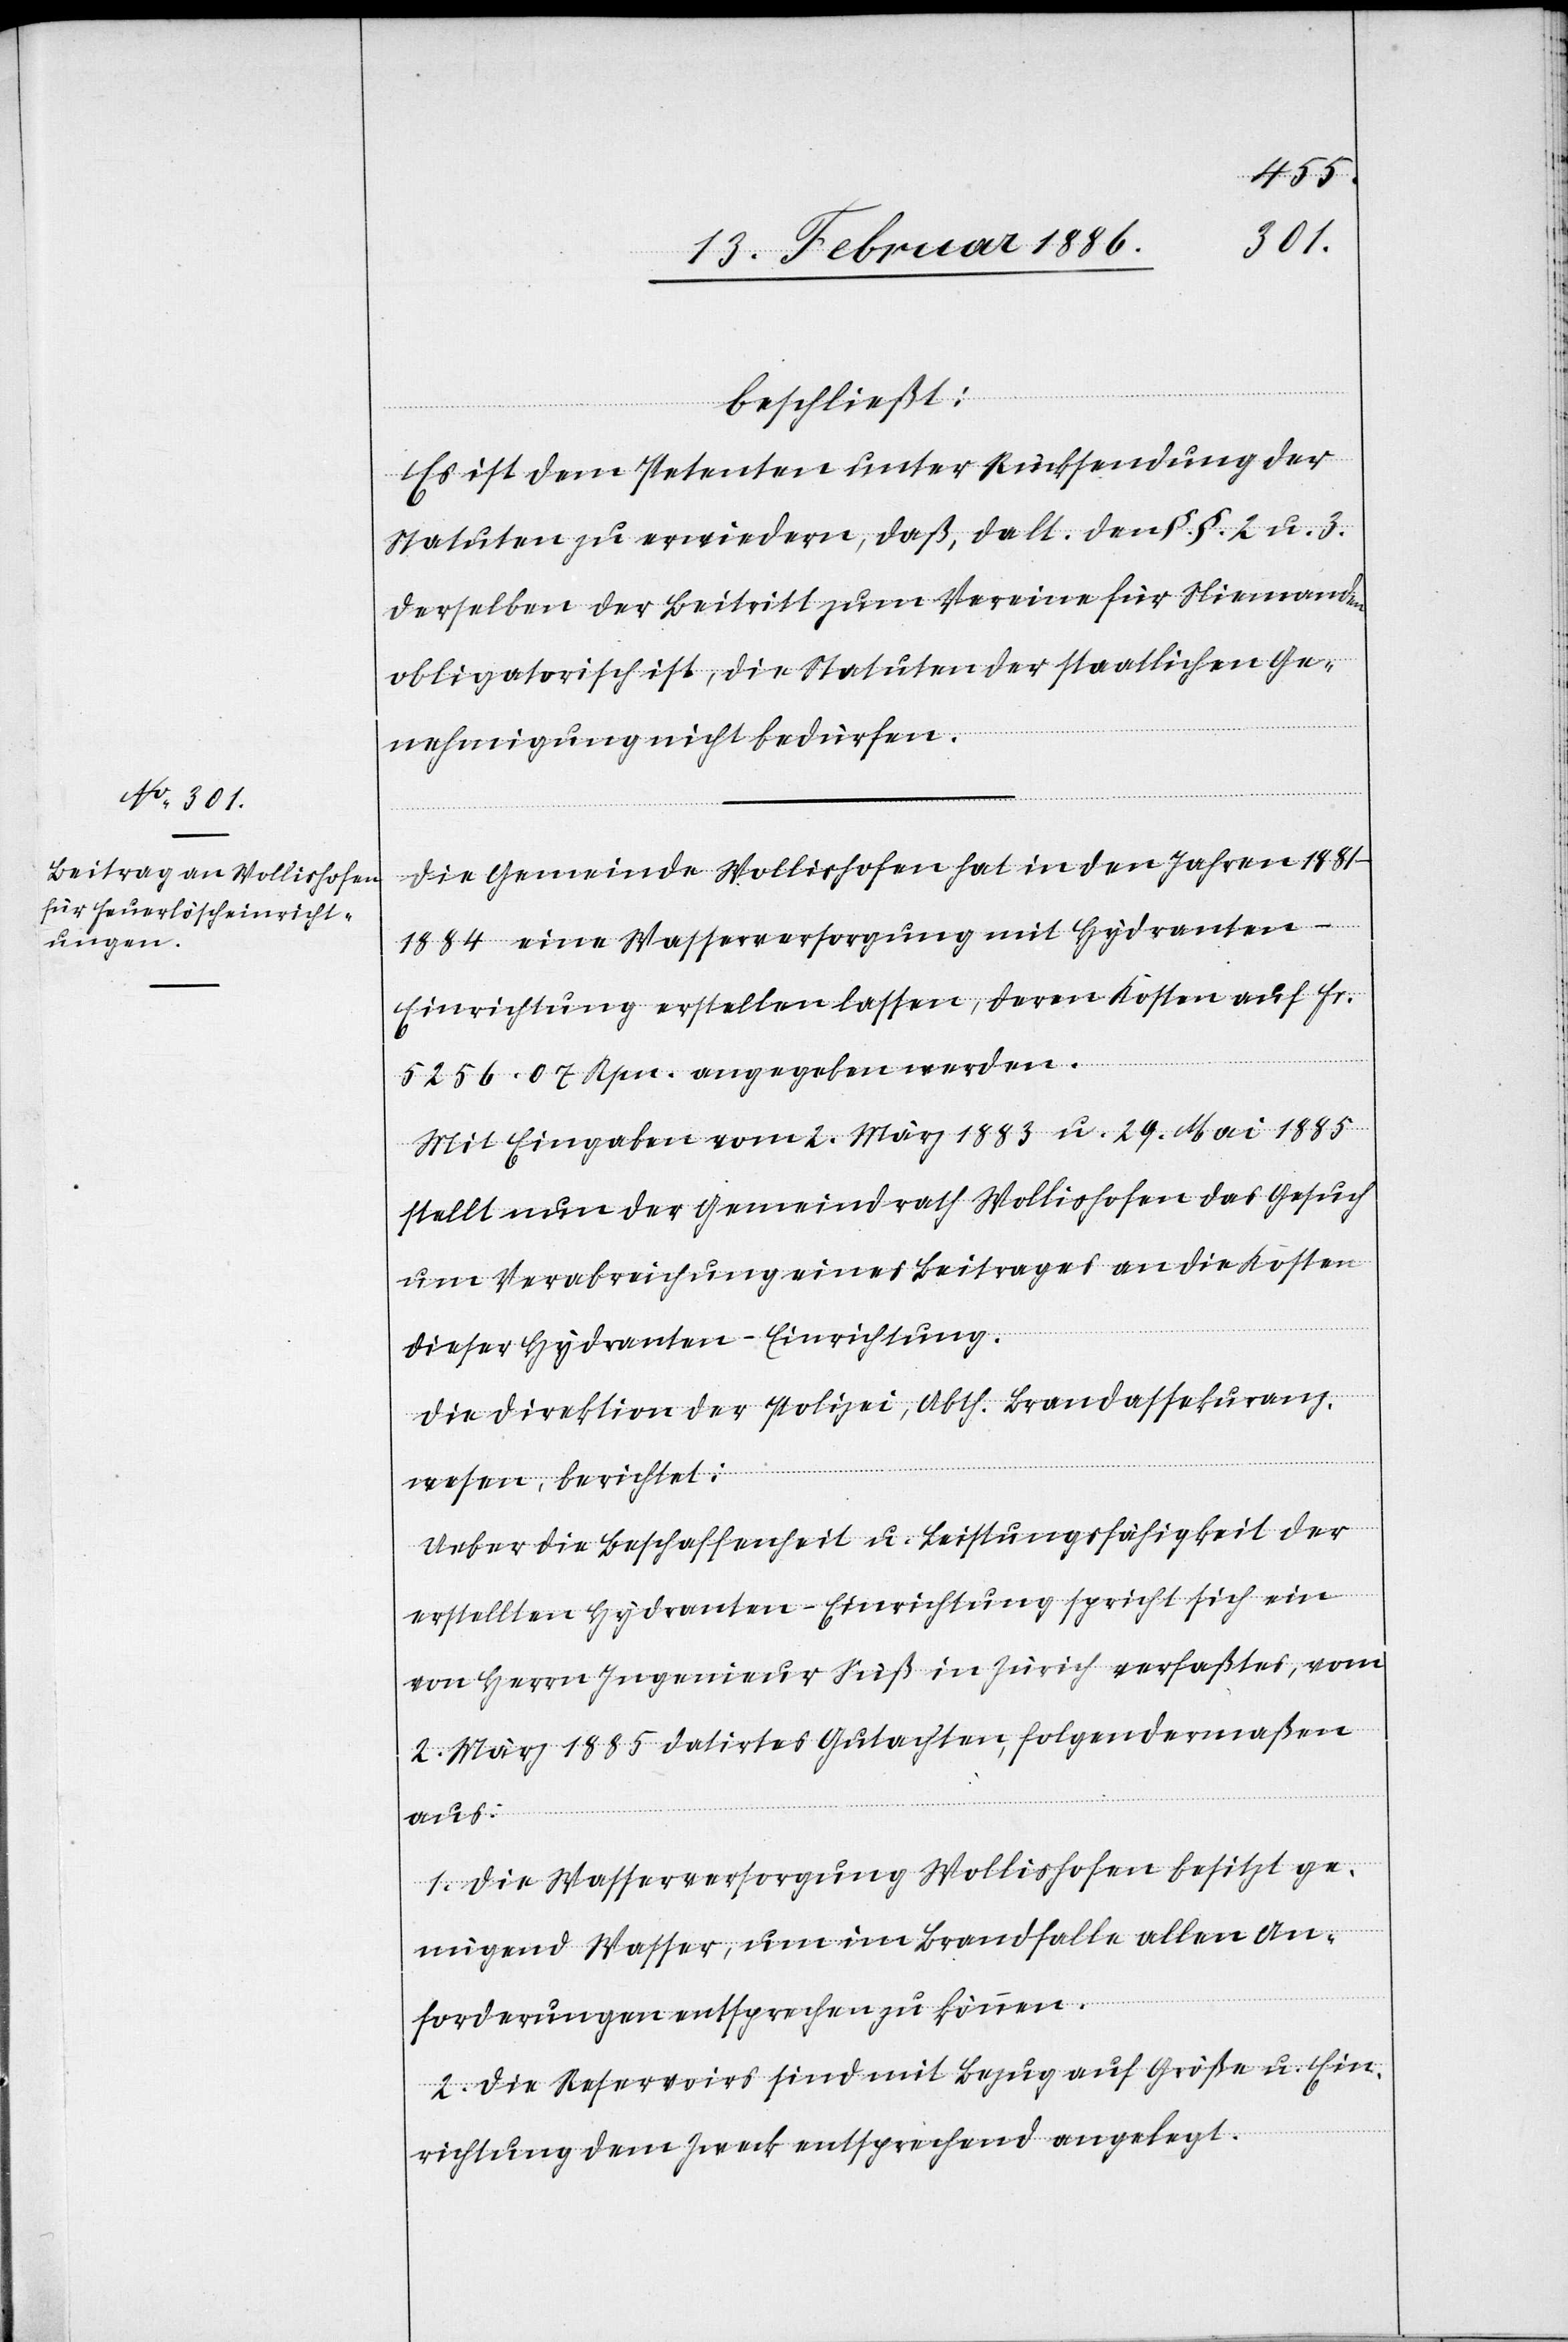
beschließt:
Es ist dem Petenten unter Rücksendung der
Statuten zu erwiedern, daß, da lt. den §.§. 2 u. 3
derselben der Beitritt zum Verein für Niemand¬
obligatorisch ist, die Statuten der staatlichen Ge¬
nehmigung nicht bedürfen.
Die Gemeinde Wollishofen hat in den Jahren
1881–1884 eine Wasserversorgung mit Hydranten-E¬
inrichtung erstellen lassen, deren Kosten auf Fr.
5256. 07 Rpn. angegeben werden.
Mit Eingabe vom 2. März 1883 u. 29. Mai 1885
stellt nun der Gemeindrath Wollishofen das Gesuch
um Verabreichung eines Beitrags an die Kosten
dieser Hydranten-Einrichtung.
Die Direktion der Polizei, Abth. Brandassekuranz¬
wesen, berichtet:
Ueber die Beschaffenheit u. Leistungsfähigkeit der
en
erstellten Hydranten-Einrichtung spricht sich ein
von Herrn Ingenieur Süß in Zürich verfaßtes, vom
2. März 1885 datirtes Gutachten, folgendermaßen
aus:
1. Die Wasserversorgung Wollishofen besitzt ge¬
nügend Wasser, um im Brandfalle allen An¬
forderungen entsprechen zu können.
2. Die Reservoirs sind mit Bezug auf Größe u. Ein¬
richtung dem Zweck entsprechend angelegt.